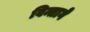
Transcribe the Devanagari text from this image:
विन्तागे